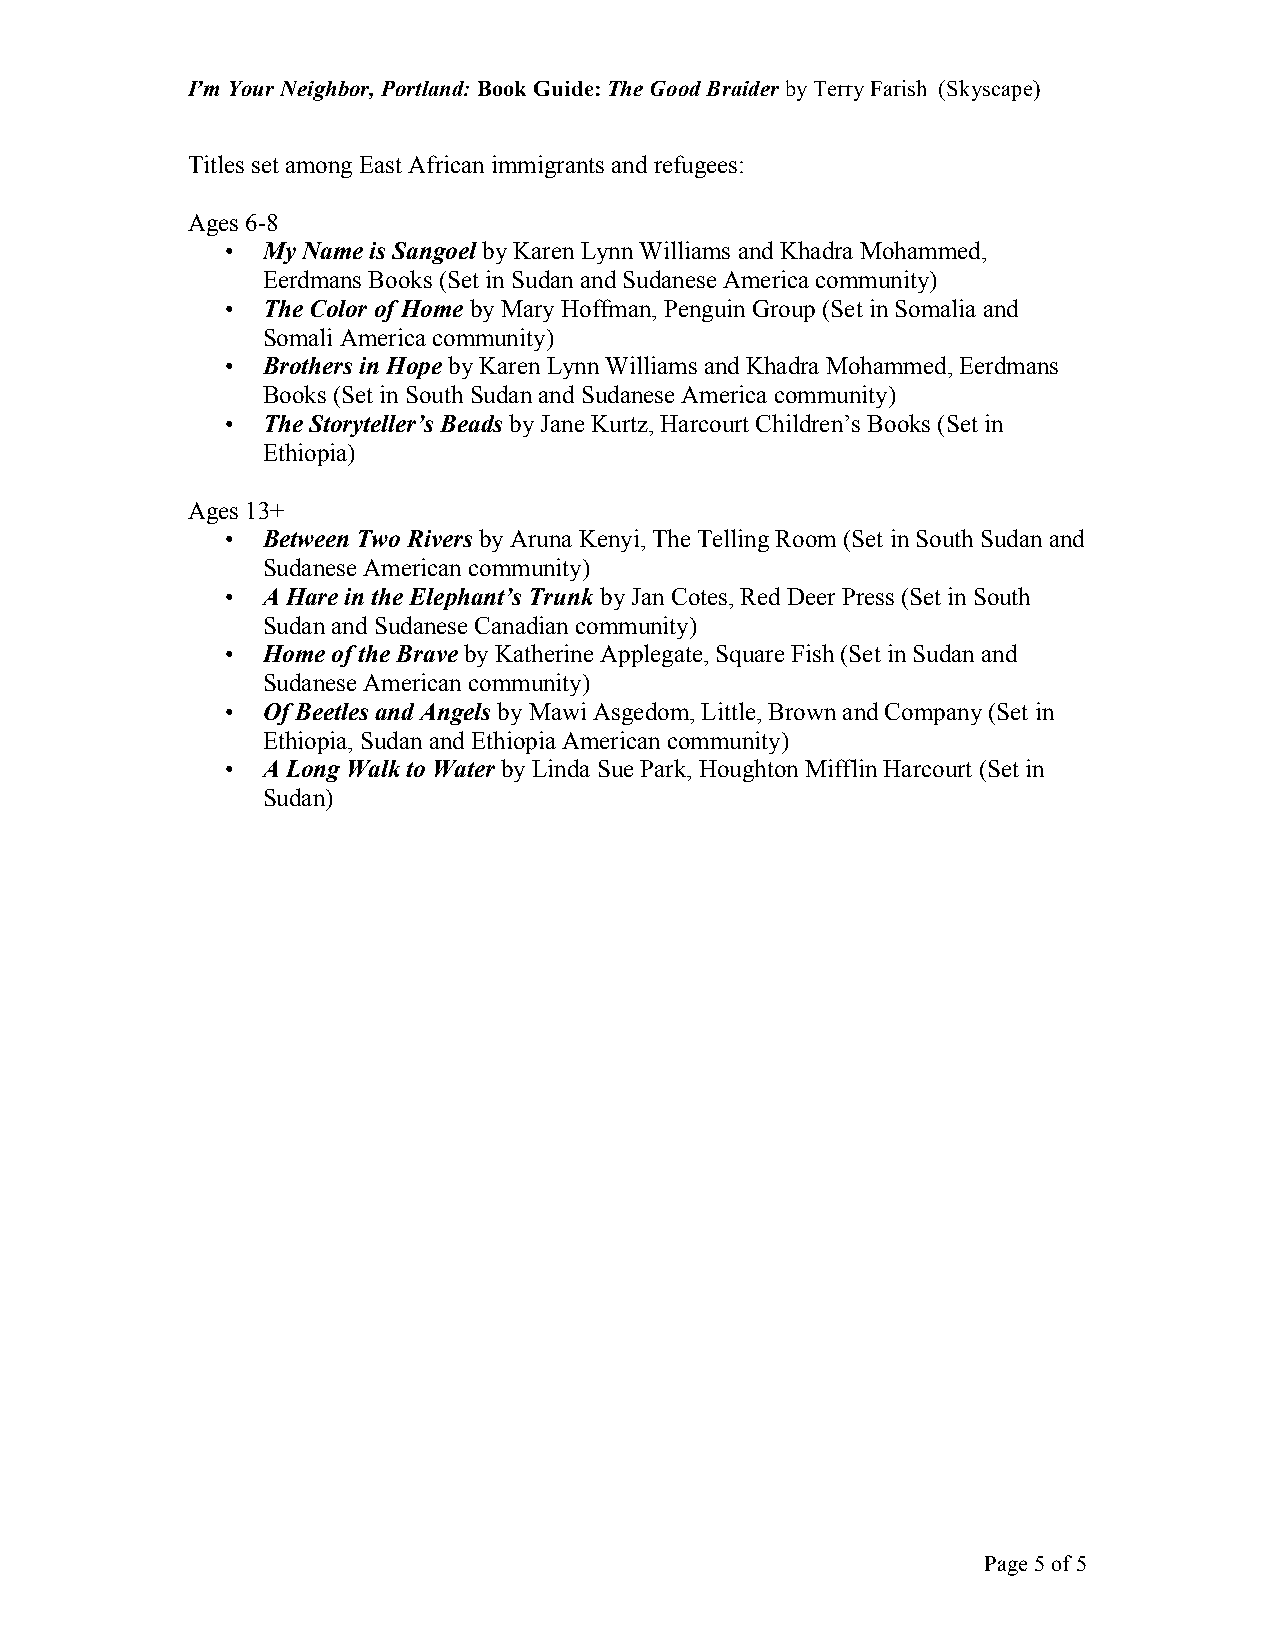
I’m Your Neighbor, Portland: Book Guide: The Good Braider by Terry Farish (Skyscape)
 Titles set among East African immigrants and refugees:
 Ages 6-8
 • My Name is Sangoel by Karen Lynn Williams and Khadra Mohammed,
 Eerdmans Books (Set in Sudan and Sudanese America community)
 • The Color of Home by Mary Hoffman, Penguin Group (Set in Somalia and
 Somali America community)
 • Brothers in Hope by Karen Lynn Williams and Khadra Mohammed, Eerdmans
 Books (Set in South Sudan and Sudanese America community)
 • The Storyteller’s Beads by Jane Kurtz, Harcourt Children’s Books (Set in
 Ethiopia)
 Ages 13+
 • Between Two Rivers by Aruna Kenyi, The Telling Room (Set in South Sudan and
 Sudanese American community)
 • A Hare in the Elephant’s Trunk by Jan Cotes, Red Deer Press (Set in South
 Sudan and Sudanese Canadian community)
 • Home of the Brave by Katherine Applegate, Square Fish (Set in Sudan and
 Sudanese American community)
 • Of Beetles and Angels by Mawi Asgedom, Little, Brown and Company (Set in
 Ethiopia, Sudan and Ethiopia American community)
 • A Long Walk to Water by Linda Sue Park, Houghton Mifflin Harcourt (Set in
 Sudan)
 Page 5 of 5